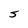
Character: S